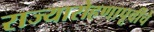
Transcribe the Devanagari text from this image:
राज्यारोहणापूर्वीचे